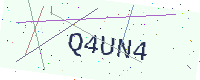
Text: Q4UN4